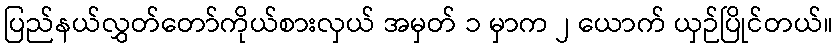
ပြည်နယ်လွှတ်တော်ကိုယ်စားလှယ် အမှတ် ၁ မှာက ၂ ယောက် ယှဉ်ပြိုင်တယ်။